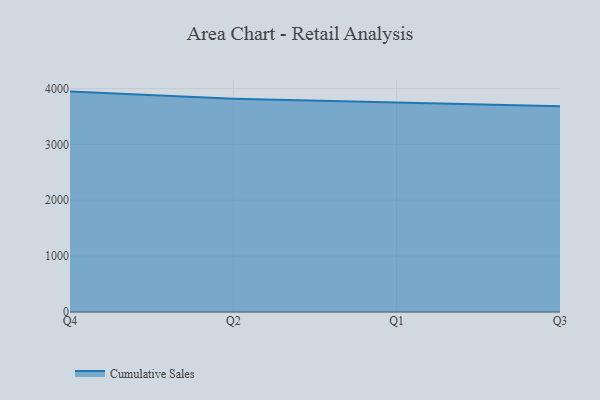
{"axis": {"x": "Quarter", "y": "Tickets Resolved"}, "legend": ["Cumulative Sales"], "data": [{"x": "Q4", "y": 3944.3, "type": "Cumulative Sales"}, {"x": "Q2", "y": 3818.4, "type": "Cumulative Sales"}, {"x": "Q1", "y": 3748.1, "type": "Cumulative Sales"}, {"x": "Q3", "y": 3680.4, "type": "Cumulative Sales"}]}